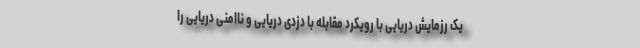
یک رزمایش دریایی با رویکرد مقابله با دزدی دریایی و ناامنی دریایی را